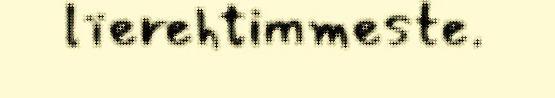
lïerehtimmeste.